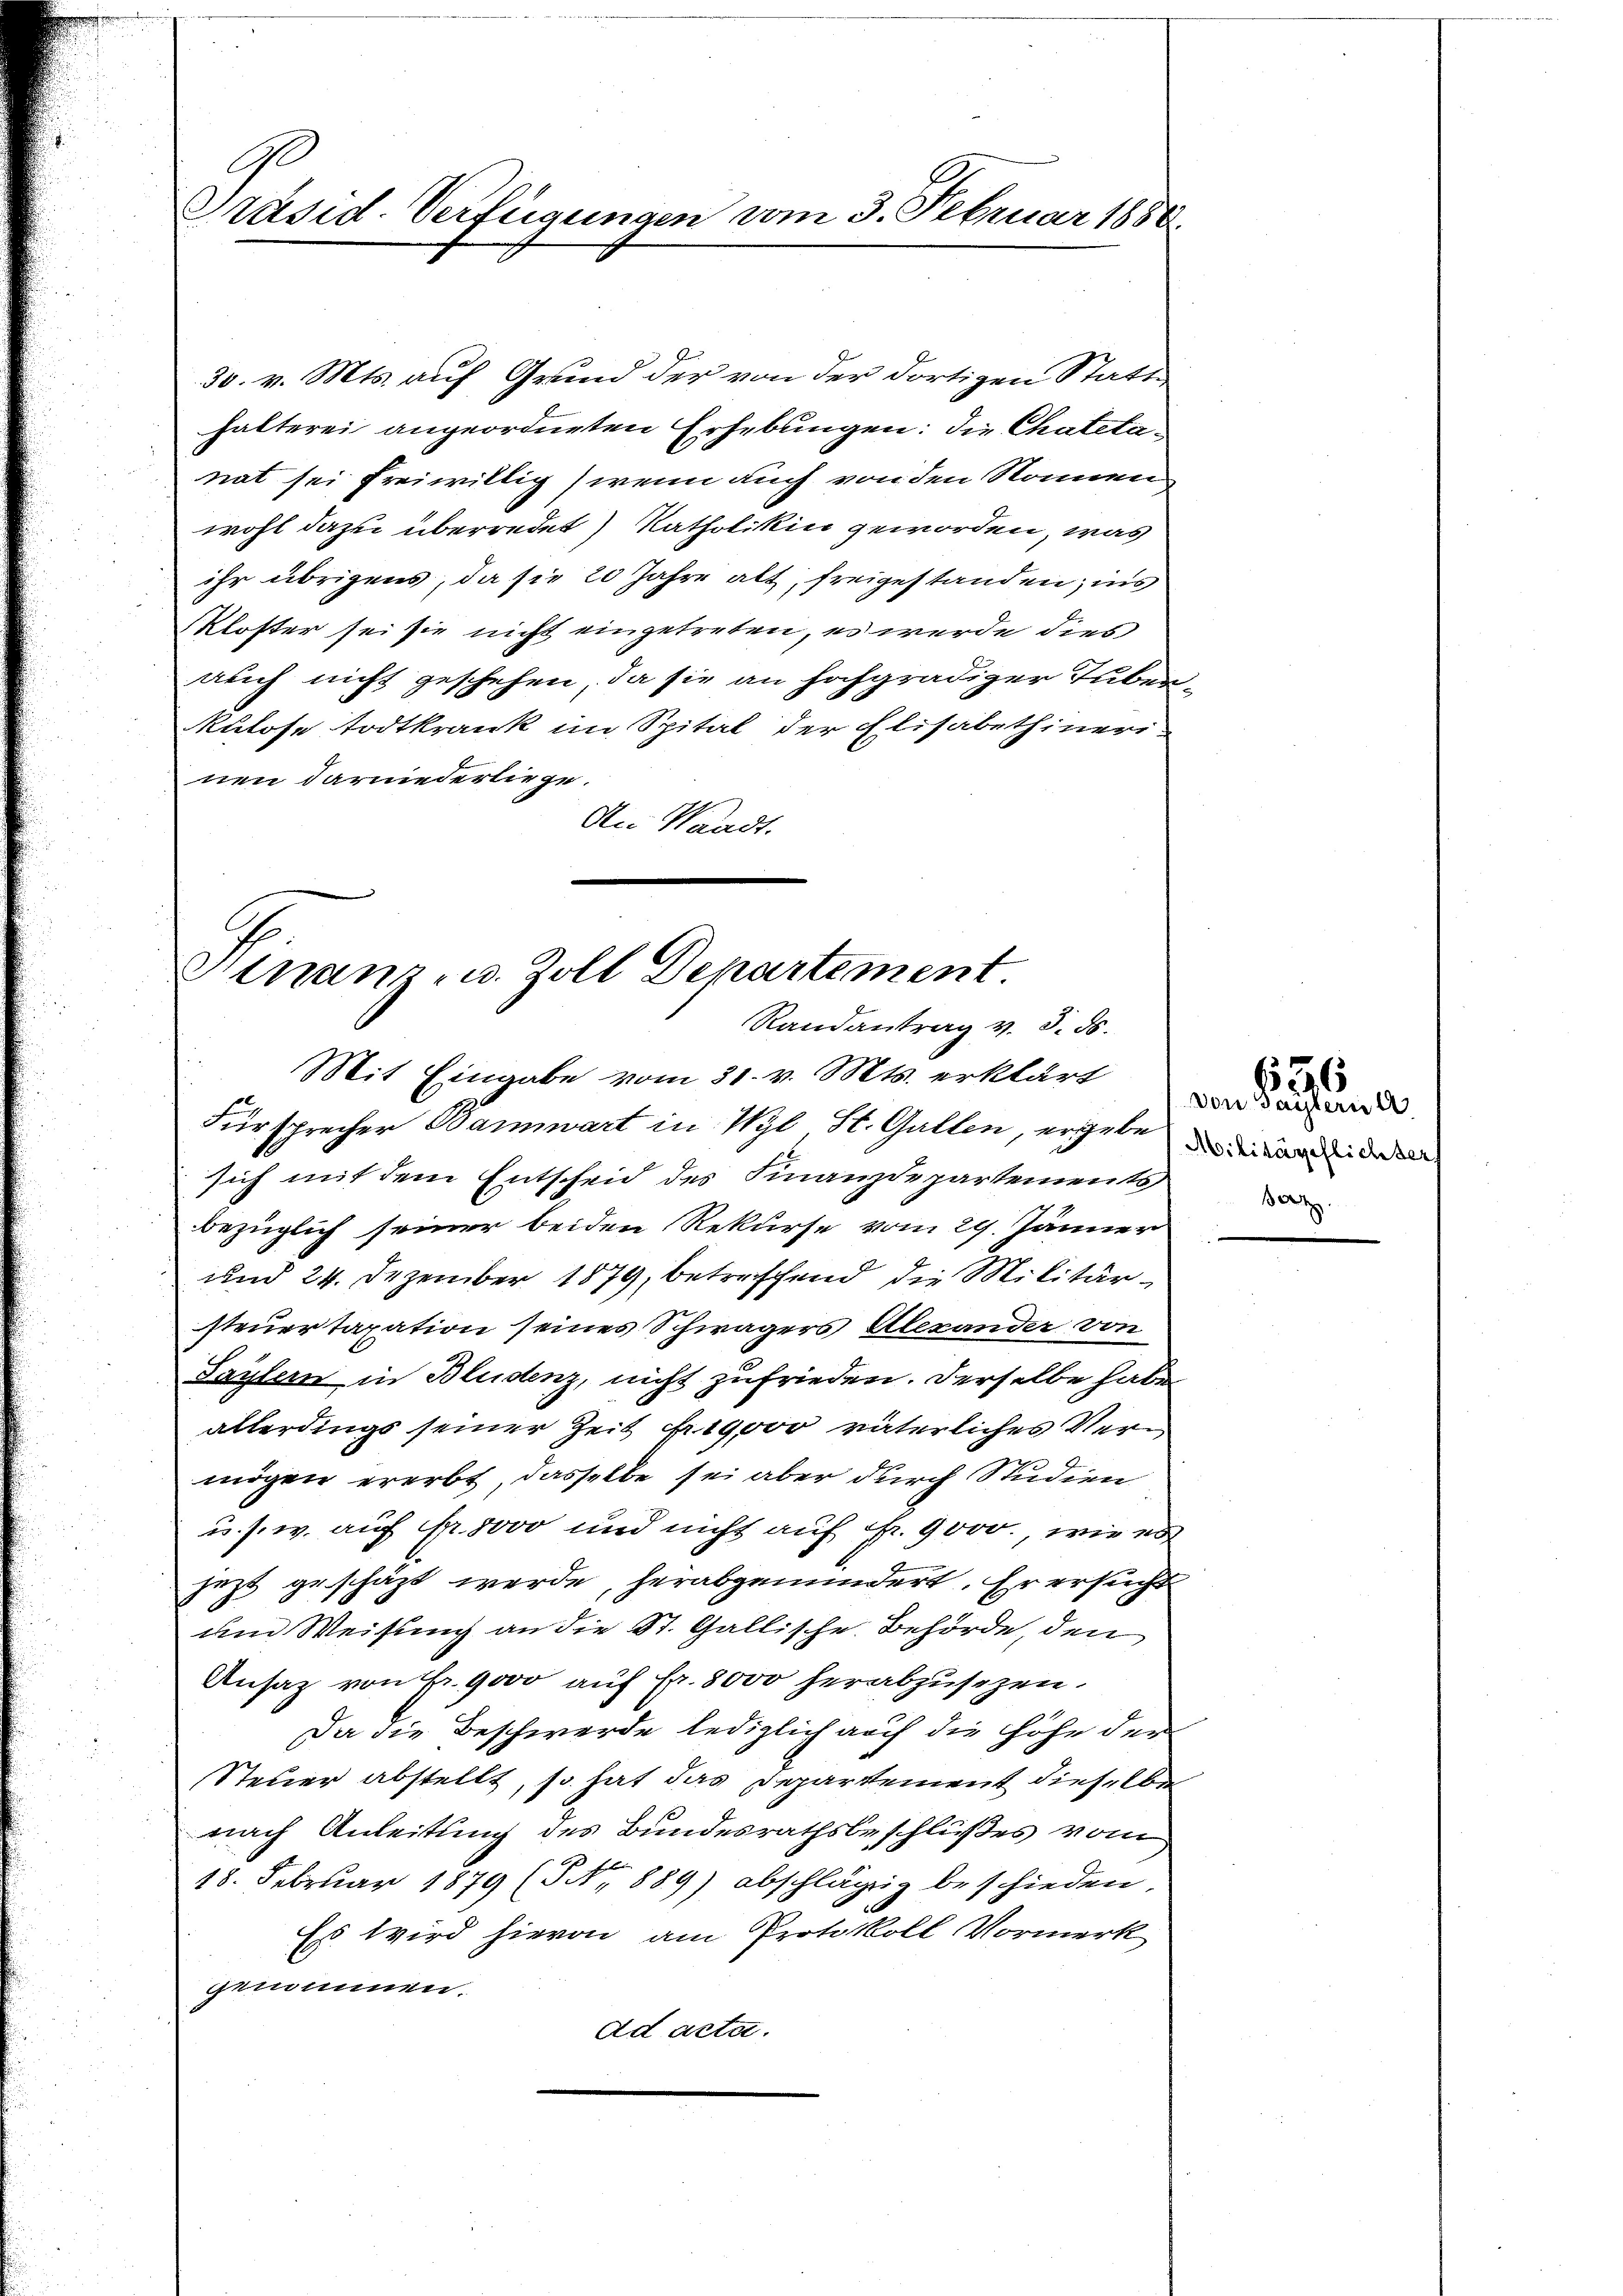
Präsid-Verfügungen vom 3. Februar 1888.

30. v. Mts. auf Grund der von der dortigen Statthalterei angeordneten Erhebungen: die Chatelanat sei freiwillig, wenn auch von den Sonnen
wohl dazu überredet) Katholiken geworden, was
ihr übrigens, da sie 20 Jahre alt, freigestanden, ins
kloster sei sie nicht eingetreten, es werde dies
auch nicht geschehen, da sie an hochgradiger Tubenkulose todtkrank im Spital der Elisabethineri-
nen darniederliege.
An Waadt.

Finanz- u. Zoll Departement.
Randantrag v. 3. ds.
Mit Eingabe vom 31. v. Mts. erklärt

Fürsprecher Bannwart in Wyb St. Gallen, ergeben de
sich mit dem Entscheid des Finanzdepartements
bezüglich seiner beiden Rekurse vom 29. Jänner
und 24. Dezember 1879, betreffend die Militärsteuertaxation seines Schwägers Alexander von
Saylern in Bludenz, nicht zufrieden. Derselbe habe
allerdings seiner Zeit Fr. 19,000 väterliches Vern
e
mögen ererbt, dasselbe sei aber durch Studien
u. s. w. auf fr. 8000 und nicht auf Fr. 9000., wie es
jezt geschäzt werde, herabgemindert. Er ersucht
dem Weisung an die St. Gallische Behörde, den
Ansatz von Fr. 9000 auf Fr. 8000 herabzusezen.
Da die Beschwerde, lediglich auf die Höhe der
Steuer abstellt, so hat das Departement dieselben
nach Anleitung des Bundesrathsbeschlußes vom
18. Februar 1879 (Nr. 889) abschlägig beschieden,
Es wird hievon am Protokoll Vormerk
genannen.
ad acta.

von Payern d
Ber

636